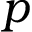
p